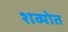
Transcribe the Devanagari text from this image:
शव्योत